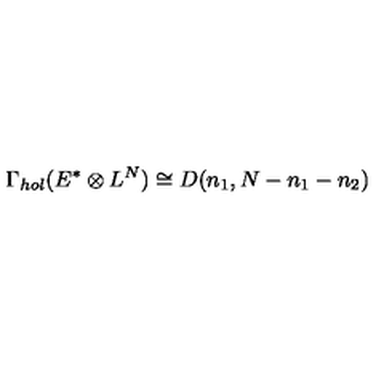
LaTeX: \Gamma _ { h o l } ( E ^ { * } \otimes L ^ { N } ) \cong D ( n _ { 1 } , N - n _ { 1 } - n _ { 2 } )